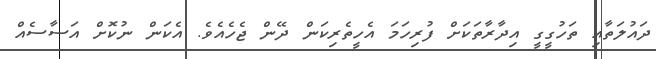
ދައުލަތާއި ތަހުގީގީ އިދާރާތަކަށް ފުރިހަމަ އެހީތެރިކަން ދޭން ޖެހެއެވެ. އެކަން ނުކޮށް އަސާސެއް